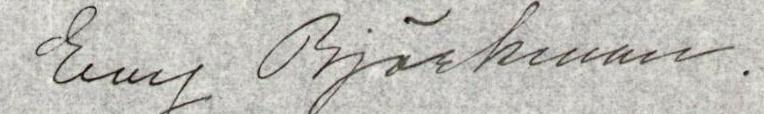
Evy Björkman.